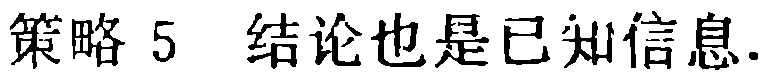
策略 5 结论也是已知信息.